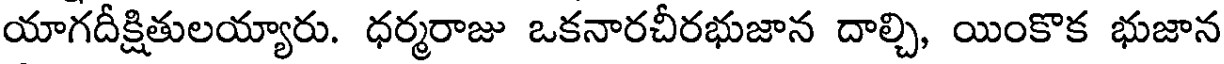
యాగదీక్షితులయ్యారు. ధర్మరాజు ఒకనారచీరభుజాన దాల్చి, యింకొక భుజాన